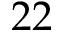
2 2